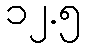
၁၂.၅